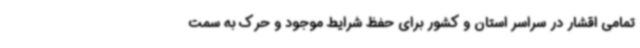
تمامی اقشار در سراسر استان و کشور برای حفظ شرایط موجود و حرک به سمت